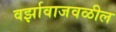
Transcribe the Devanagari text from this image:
वर्झावाजवळील